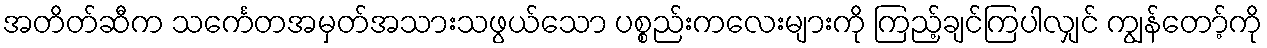
အတိတ်ဆီက သင်္ကေတအမှတ်အသားသဖွယ်သော ပစ္စည်းကလေးများကို ကြည့်ချင်ကြပါလျှင် ကျွန်တော့်ကို